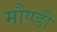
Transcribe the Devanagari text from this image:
मौण्डी